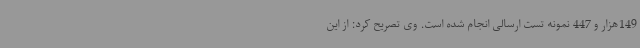
149هزار و 447 نمونه تست ارسالی انجام شده است. وی تصریح کرد: از این